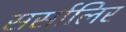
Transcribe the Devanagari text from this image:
सर्सालिर